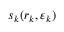
s _ { k } ( r _ { k } , \varepsilon _ { k } )